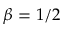
\beta = 1 / 2